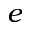
e